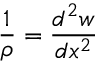
{ \frac { 1 } { \rho } } = { \frac { d ^ { 2 } w } { d x ^ { 2 } } }